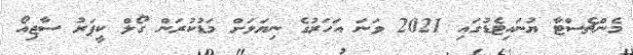
މެންޗެސްޓާ ޔުނައިޓެޑުގައި 2021 ވަނަ އަހަރުގެ ނިޔަލަށް މަޑުކުރަން ގޯލް ކީޕަރު ސާޖިއޯ